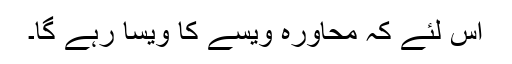
اس لئے کہ محاورہ ویسے کا ویسا رہے گا۔